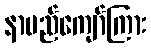
နာမည်ကျော်ကြား